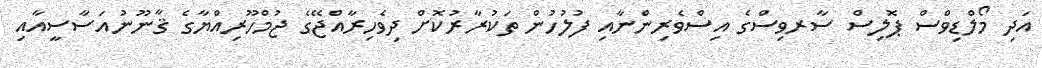
އަދި މޯލްޑިވްސް ޕޮލިސް ސާރވިސްގެ އިސްވެރިންނާއި ފުލުހުން ތަކުރާރުކޮށް ދިވެހިރާއްޖޭގެ ޖުމްހޫރިއްޔާގެ ޤާނޫނުއަސާސީއާއި